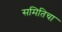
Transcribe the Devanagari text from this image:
समितिचा